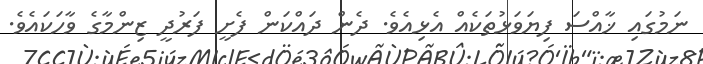
ނަމުގައި ޚާއްސަ ފިޔަވަޅުތަކެއް އެޅިއެވެ. ދެން ދައްކަން ފެށީ ފަރުދީ ޒިންމާގެ ވާހަކައެވެ.